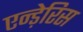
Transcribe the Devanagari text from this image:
एन्ड़ेरिस